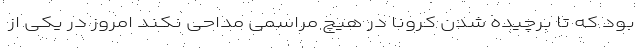
بود که تا برچیده شدن کرونا در هیچ مراسمی مداحی نکند امروز در یکی از